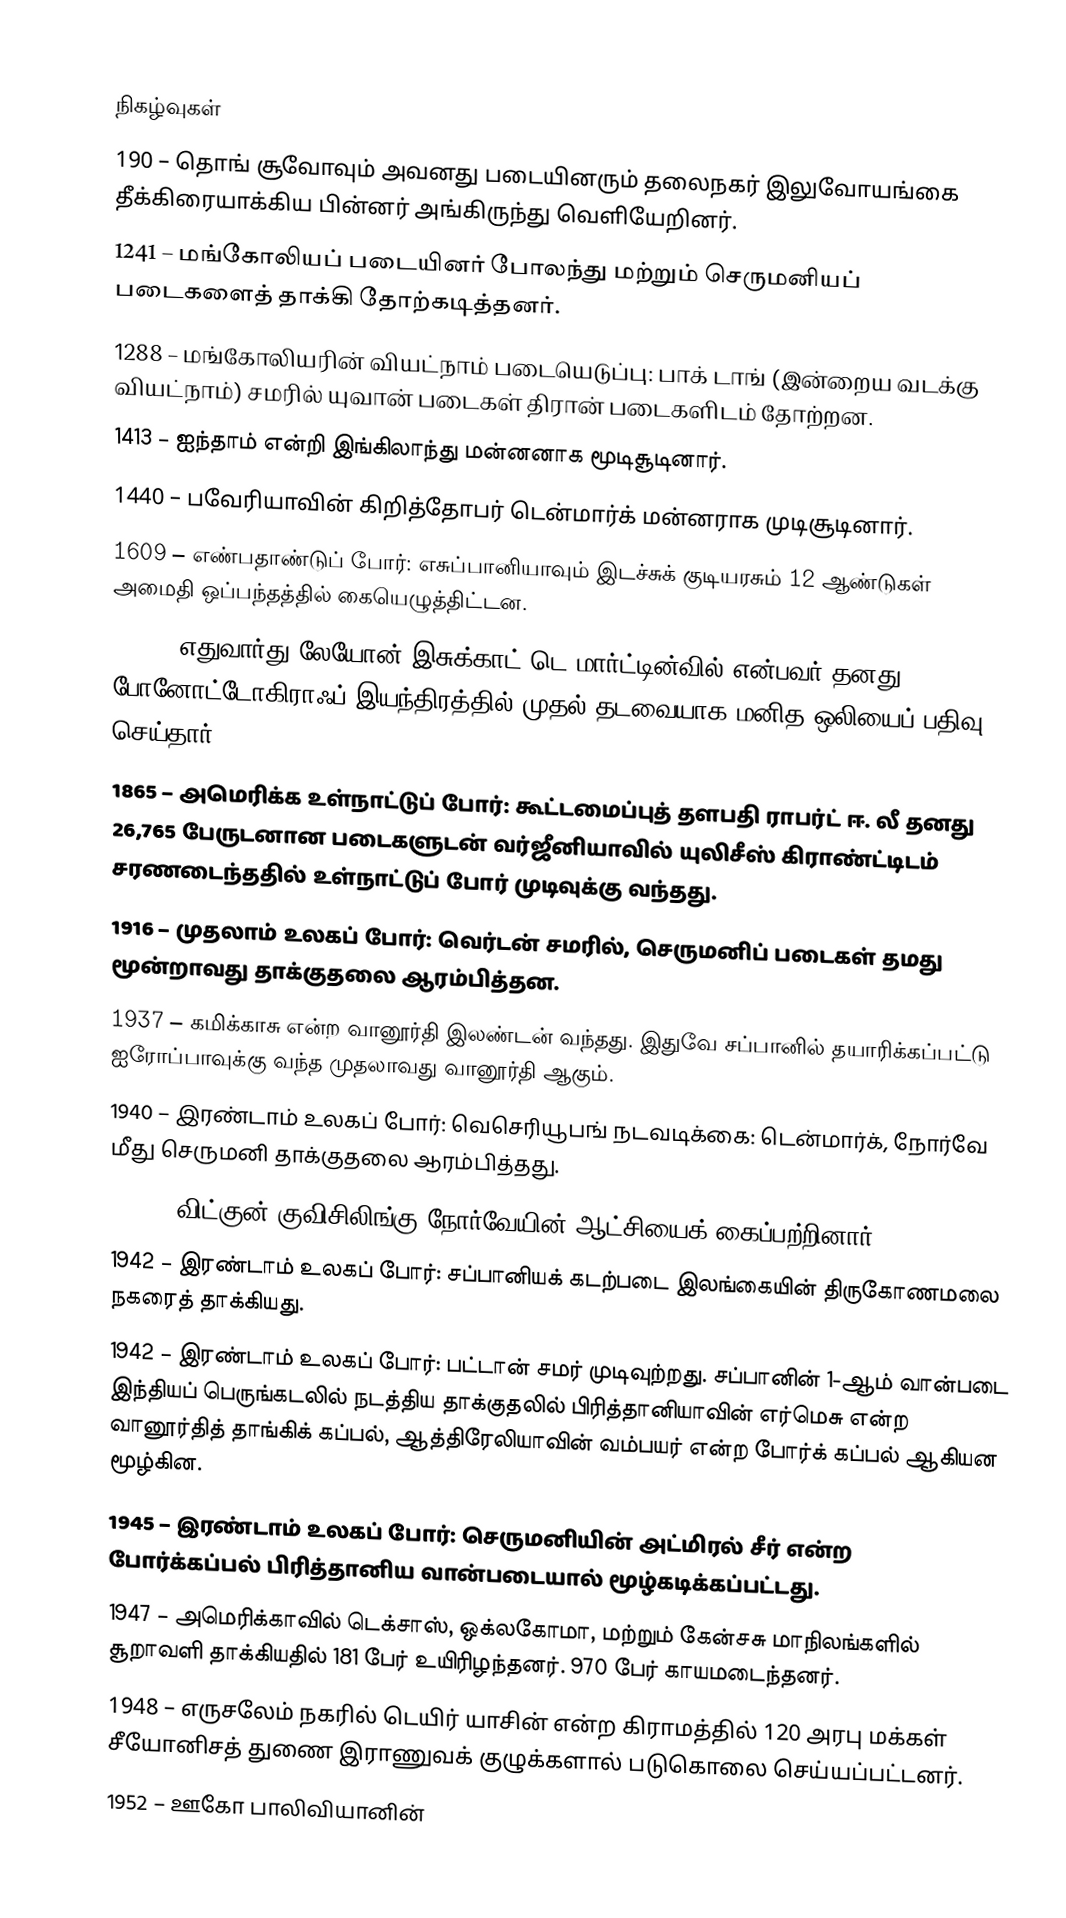

நிகழ்வுகள்
 190 – தொங் சூவோவும் அவனது படையினரும் தலைநகர் இலுவோயங்கை தீக்கிரையாக்கிய பின்னர் அங்கிருந்து வெளியேறினர்.
1241 – மங்கோலியப் படையினர் போலந்து மற்றும் செருமனியப் படைகளைத் தாக்கி தோற்கடித்தனர்.
1288 – மங்கோலியரின் வியட்நாம் படையெடுப்பு: பாக் டாங் (இன்றைய வடக்கு வியட்நாம்) சமரில் யுவான் படைகள் திரான் படைகளிடம் தோற்றன.
1413 – ஐந்தாம் என்றி இங்கிலாந்து மன்னனாக மூடிசூடினார்.
1440 – பவேரியாவின் கிறித்தோபர் டென்மார்க் மன்னராக முடிசூடினார்.
1609 – எண்பதாண்டுப் போர்: எசுப்பானியாவும் இடச்சுக் குடியரசும் 12 ஆண்டுகள் அமைதி ஒப்பந்தத்தில் கையெழுத்திட்டன.
1860 – எதுவார்து-லேயோன் இசுக்காட் டெ மார்ட்டின்வில் என்பவர் தனது போனோட்டோகிராஃப் இயந்திரத்தில் முதல் தடவையாக மனித ஒலியைப் பதிவு செய்தார்.
1865 – அமெரிக்க உள்நாட்டுப் போர்: கூட்டமைப்புத் தளபதி ராபர்ட் ஈ. லீ தனது 26,765 பேருடனான படைகளுடன் வர்ஜீனியாவில் யுலிசீஸ் கிராண்ட்டிடம் சரணடைந்ததில் உள்நாட்டுப் போர் முடிவுக்கு வந்தது.
1916 – முதலாம் உலகப் போர்: வெர்டன் சமரில், செருமனிப் படைகள் தமது மூன்றாவது தாக்குதலை ஆரம்பித்தன.
1937 – கமிக்காசு என்ற வானூர்தி இலண்டன் வந்தது. இதுவே சப்பானில் தயாரிக்கப்பட்டு ஐரோப்பாவுக்கு வந்த முதலாவது வானூர்தி ஆகும்.
1940 – இரண்டாம் உலகப் போர்: வெசெரியூபங் நடவடிக்கை: டென்மார்க், நோர்வே மீது செருமனி தாக்குதலை ஆரம்பித்தது.
1940 – விட்குன் குவிசிலிங்கு நோர்வேயின் ஆட்சியைக் கைப்பற்றினார்.
1942 – இரண்டாம் உலகப் போர்: சப்பானியக் கடற்படை இலங்கையின் திருகோணமலை நகரைத் தாக்கியது.
1942 – இரண்டாம் உலகப் போர்: பட்டான் சமர் முடிவுற்றது. சப்பானின் 1-ஆம் வான்படை இந்தியப் பெருங்கடலில் நடத்திய தாக்குதலில் பிரித்தானியாவின் எர்மெசு என்ற வானூர்தித் தாங்கிக் கப்பல், ஆத்திரேலியாவின் வம்பயர் என்ற போர்க் கப்பல் ஆகியன மூழ்கின.
1945 – இரண்டாம் உலகப் போர்: செருமனியின் அட்மிரல் சீர் என்ற போர்க்கப்பல் பிரித்தானிய வான்படையால் மூழ்கடிக்கப்பட்டது.
1947 – அமெரிக்காவில் டெக்சாஸ், ஒக்லகோமா, மற்றும் கேன்சசு மாநிலங்களில் சூறாவளி தாக்கியதில் 181 பேர் உயிரிழந்தனர். 970 பேர் காயமடைந்தனர்.
1948 – எருசலேம் நகரில் டெயிர் யாசின் என்ற கிராமத்தில் 120 அரபு மக்கள் சீயோனிசத் துணை இராணுவக் குழுக்களால் படுகொலை செய்யப்பட்டனர்.
1952 – ஊகோ பாலிவியானின்